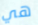
هي